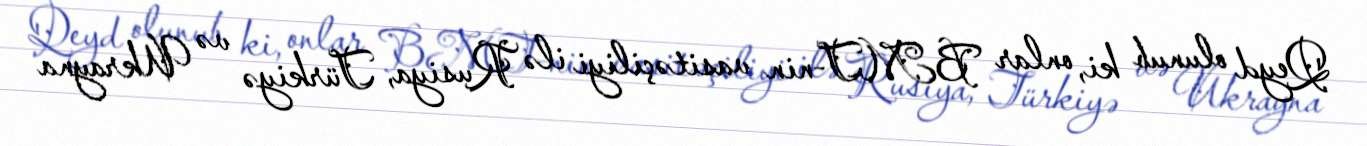
Qeyd olunub ki, onlar BMT-nin vasitəçiliyi ilə Rusiya, Türkiyə və Ukrayna